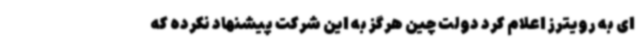
ای به رویترز اعلام کرد دولت چین هرگز به این شرکت پیشنهاد نکرده که